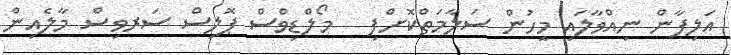
އަލިފާން ނިއްވާލައި މީހުން ސަލާމަތްކޮށްފި   މޯލްޑިވްސް ޕޮލިސް ސަރވިސް މާލެއިން